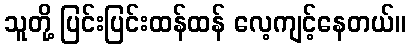
သူတို့ ပြင်းပြင်းထန်ထန် လေ့ကျင့်နေတယ်။